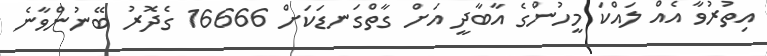
އިތުރުވާ އެއް ލައްކަ މީހުންގެ އާބާދީ އަށް ގާތްގަނޑަކަށް 16666 ގެދޮރު ބޭނުންވާނެ